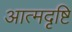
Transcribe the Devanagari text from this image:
आत्मदृष्टि